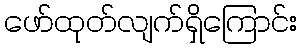
ဖော်ထုတ်လျက်ရှိကြောင်း